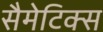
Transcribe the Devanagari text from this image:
सैमेटिक्स